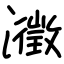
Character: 瀓